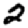
Digit: 2